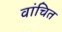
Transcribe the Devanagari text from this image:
वांचित